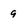
Character: 9